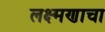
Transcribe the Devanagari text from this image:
लक्ष्मणाचा